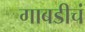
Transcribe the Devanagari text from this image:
गाबडीचं